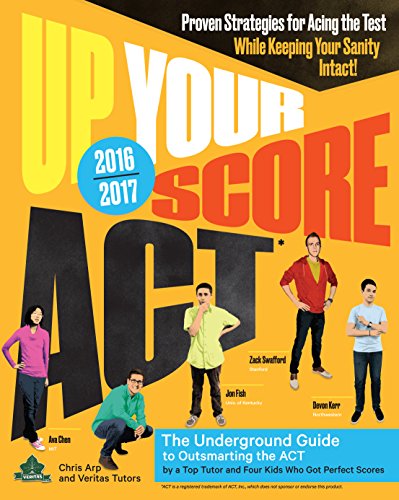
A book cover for Up Your Score: ACT, 2016-2017 Edition: The Underground Guide; Chris Arp; Test Preparation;